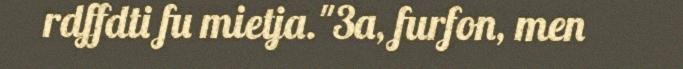
rdffdti fu mietja."3a, furfon, men